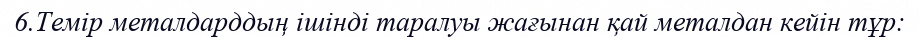
6.Темір металдарддың ішінді таралуы жағынан қай металдан кейін тұр: